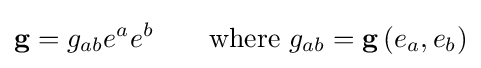
\mathbf {g} =g_{ab}e^{a}e^{b}\qquad {\text{where}}~g_{ab}=\mathbf {g} \left(e_{a},e_{b}\right)